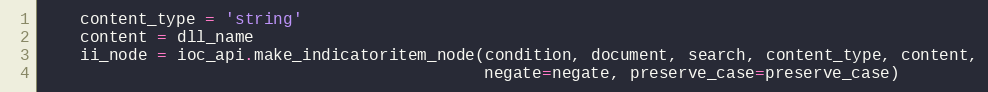
Language: Python
    content_type = 'string'
    content = dll_name
    ii_node = ioc_api.make_indicatoritem_node(condition, document, search, content_type, content,
                                              negate=negate, preserve_case=preserve_case)